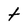
Character: t